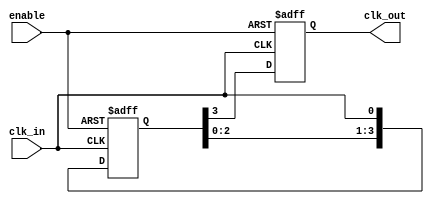
module DelayClockBuffer #(
    parameter DELAY_STAGES = 4  // Number of flip-flops for delay
) (
    input wire clk_in,           // Input clock signal
    input wire enable,           // Enable signal
    output reg clk_out           // Delayed output clock signal
);

    // Internal signals for delay stages
    reg [DELAY_STAGES-1:0] delay_chain;

    always @(posedge clk_in or negedge enable) begin
        if (!enable) begin
            // Hold clk_out low when disabled
            clk_out <= 1'b0;
            delay_chain <= {DELAY_STAGES{1'b0}};
        end else begin
            // Shift the delay chain
            delay_chain <= {delay_chain[DELAY_STAGES-2:0], clk_in};

            // Output the last stage of the delay chain
            clk_out <= delay_chain[DELAY_STAGES-1];
        end
    end

endmodule